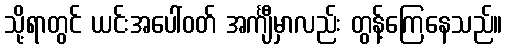
သို့ရာတွင် ယင်းအပေါ်ဝတ် အင်္ကျီမှာလည်း တွန့်ကြေနေသည်။